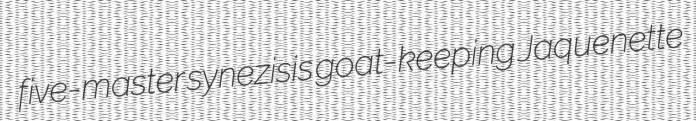
five-master synezisis goat-keeping Jaquenette